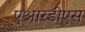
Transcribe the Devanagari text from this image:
एआरडीएस